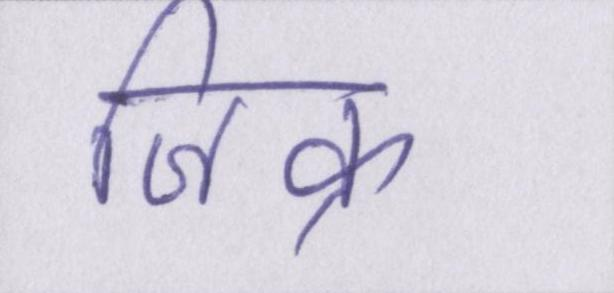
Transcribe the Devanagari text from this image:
जिक्र